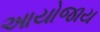
આયોજાય